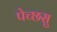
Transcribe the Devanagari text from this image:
पेच्छसु